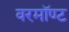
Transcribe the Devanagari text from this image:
वरमॉण्ट